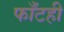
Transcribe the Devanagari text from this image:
फाँटही